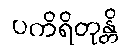
ပကိရိတုန္တိ